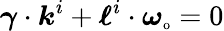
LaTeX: \boldsymbol{\gamma}\cdot\boldsymbol{k}^{i}+\boldsymbol{\ell}^{i}\cdot\boldsymbol{\omega}_{\textnormal{\scriptsize o}}=0